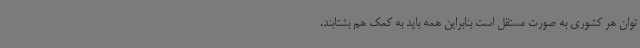
توان هر کشوری به صورت مستقل است بنابراین همه باید به کمک هم بشتابند.